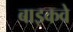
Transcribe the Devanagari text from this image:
बाइकवे